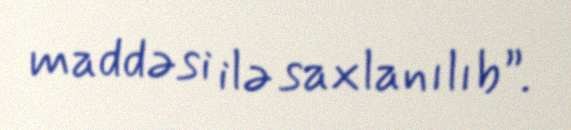
maddəsi ilə saxlanılıb”.